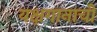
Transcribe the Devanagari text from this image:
यक्षगानाची